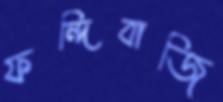
ফন্দিবাজি